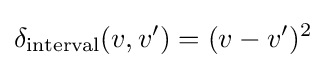
\delta _{\text{interval}}(v,v')=(v-v')^{2}